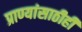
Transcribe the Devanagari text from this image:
प्राण्यांसाठीही